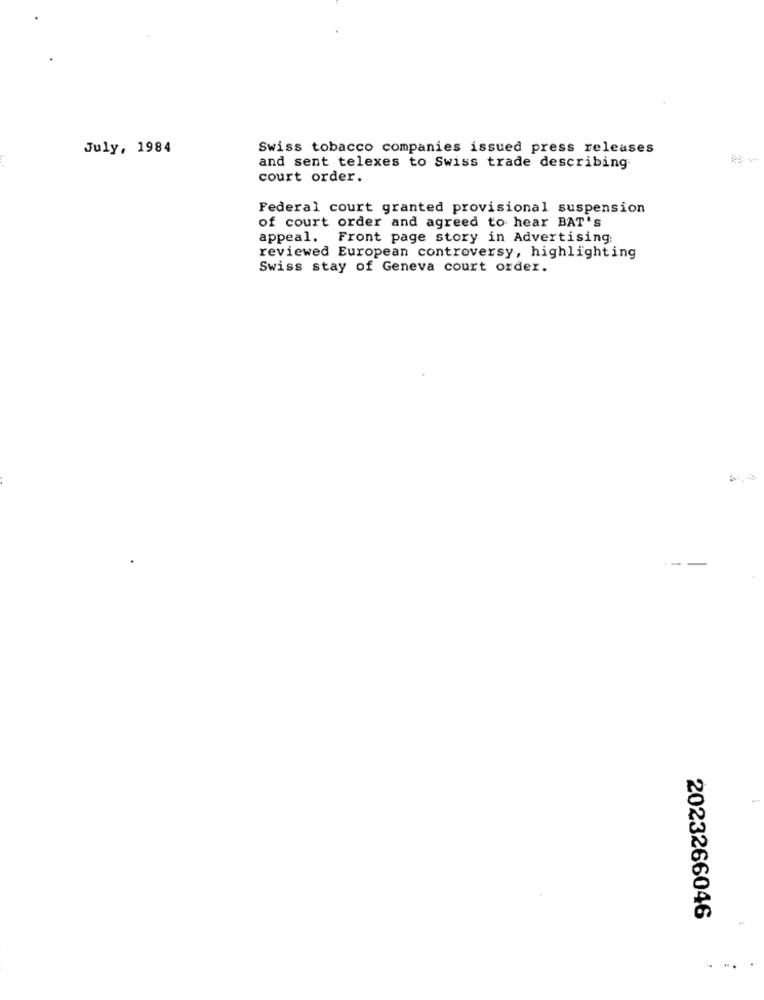
July, 1984
Swiss tobacco companies issued press releases
and sent telexes to Swiss trade describing
court order.
Federal court granted provisional suspension
of court order and agreed to hear BAT's
appeal. Front page story in Advertising:
reviewed European controversy, highlighting
Swiss stay of Geneva court order.
--
2023266046
. -